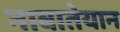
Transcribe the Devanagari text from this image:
नाबातेयान